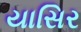
યાસિર